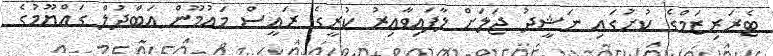
ޓެރަރިޒަމްގެ ކުށުގައި ނަޝީދު ޖަލަށް ލާފައިވާއިރު ކުރީގެ ރައީސް މައުމޫން އަބްދުލް ގައްޔޫމުގެ